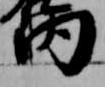
内